Indian journal of veterinary science and animal husbandry - Volumes 26-27, 1956-1957
Year: 1956
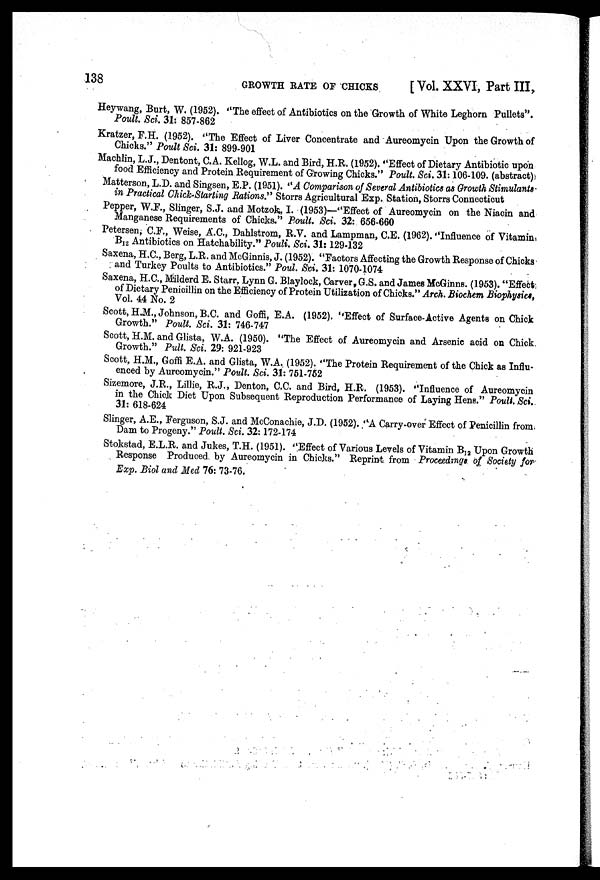
138
GROWTH
RATE
OF
CHICKS
[ Vol. XXVI, Part III,
Heywang, Burt, W. (1952). "The effect of Antibiotics on the Growth of White Leghorn Pullets".
Poult. Sci. 31: 857-862
Kratzer, F.H. (1952). "The Effect of Liver Concentrate and Aureomycin Upon the Growth of
Chicks." Poult Sci. 31: 899-901
Machlin, L.J., Dentont, C.A. Kellog, W.L. and Bird, H.R. (1952). "Effect of Dietary Antibiotic upon
food Efficiency and Protein Requirement of Growing Chicks." Poult. Sci. 31:106-109. (abstract)
Matterson, L.D. and Singsen, E.P. (1951). "A Comparison of Several Antibiotics as Growth Stimulants
in Practical Chick-Starting Rations." Storrs Agricultural Exp. Station, Storrs Connecticut
Pepper, W.F., Slinger, S.J. and Motzok, I. (1953)—"Effect of Aureomycin on the Niacin and
Manganese Requirements of Chicks." Poult. Sci. 32: 656-660
Petersen, C.F., Weise, A.C., Dahlstrom, R.V. and Lampman, C.E. (1962). "Influence of Vitamin
B 12 Antibiotics on Hatchability." Pouli. Sci. 31:129-132
Saxena, H.C., Berg, L.R. and McGinnis, J. (1952). "Factors Affecting the Growth Response of Chicks
and Turkey Poults to Antibiotics." Poul. Sci. 31: 1070-1074
Saxena, H.C., Milderd E. Starr. Lynn G. Blaylock, Carver G.S. and James McGinns. (1953). "Effect
of Dietary Penicillin on the Efficiency of Protein Utilization of Chicks." Arch. Biochem Biophysics,
Vol. 44 No. 2
Scott, H.M., Johnson, B.C. and Goffi, E.A. (1952). "Effect of Surface-Active Agents on Chick
Growth." Poult. Sci. 31: 746-747
Scott, H.M. and Glista, W.A. (1950). "The Effect of Aureomycin and Arsenic acid on Chick.
Growth." Pult. Sci. 29: 921-923
Scott, H.M., Goffi E.A. and Glista, W.A. (1952). "The Protein Requirement of the Chick as Influ-
enced by Aureomycin." Poult. Sci. 31: 751-752
Sizemore, J.R., Lillie, R.J., Denton, C.C. and Bird, H.R. (1953). "Influence of Aureomycin
in the Chick Diet Upon Subsequent Reproduction Performance of Laying Hens." Poult. Sci.
31: 618-624
Slinger, A.E., Ferguson, S.J. and McConachie, J.D. (1952). "A Carry-over Effect of Penicillin from
Dam to Progeny." Poult. Sci. 32:172-174
Stokstad, E.L.R. and Jukes, T.H. (1951). "Effect of Various Levels of Vitamin B 12 Upon Growth
Response Produced by Aureomycin in Chicks." Reprint from Proceedings of Society for
Exp. Biol and Med 76: 73-76.